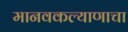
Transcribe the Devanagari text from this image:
मानवकल्याणाचा